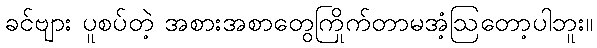
ခင်ဗျား ပူစပ်တဲ့ အစားအစာတွေကြိုက်တာမအံ့ဩတော့ပါဘူး။